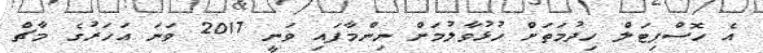
އެ ހޮސްޕިޓަލް ހިދުމަތަށް ހުޅުވާލުމަށް ނިންމާފައި ވަނީ 2017 ވަނަ އަހަރުގެ މާޗް